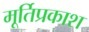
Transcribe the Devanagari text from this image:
मूर्तिप्रकाश